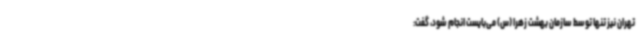
تهران نیز تنها توسط سازمان بهشت زهرا (س) می‌بایست انجام شود، گفت: